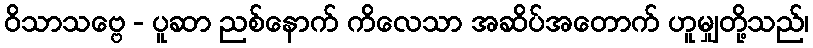
ဝိသာသဗ္ဗေ - ပူဆာ ညစ်နောက် ကိလေသာ အဆိပ်အတောက် ဟူမျှတို့သည်၊